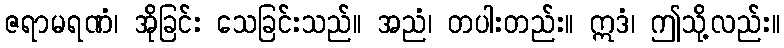
ဇရာမရဏံ၊ အိုခြင်း သေခြင်းသည်။ အညံ၊ တပါးတည်း။ ဣဒံ၊ ဤသို့လည်း။